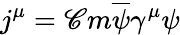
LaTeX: j^{\mu}=\mathscr{C}m\overline{{{{\psi}}}}\gamma^{\mu}\psi